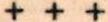
+++